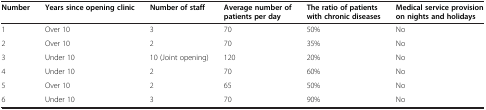
<table><thead><tr><td><b>Number</b></td><td><b>Years since opening clinic</b></td><td><b>Number of staff</b></td><td><b>Average number of patients per day</b></td><td><b>The ratio of patients with chronic diseases</b></td><td><b>Medical service provision on nights and holidays</b></td></tr></thead><tbody><tr><td>1</td><td>Over 10</td><td>3</td><td>70</td><td>50%</td><td>No</td></tr><tr><td>2</td><td>Over 10</td><td>2</td><td>70</td><td>35%</td><td>No</td></tr><tr><td>3</td><td>Under 10</td><td>10 (Joint opening)</td><td>120</td><td>20%</td><td>No</td></tr><tr><td>4</td><td>Under 10</td><td>2</td><td>70</td><td>60%</td><td>No</td></tr><tr><td>5</td><td>Over 10</td><td>2</td><td>65</td><td>50%</td><td>No</td></tr><tr><td>6</td><td>Under 10</td><td>3</td><td>70</td><td>90%</td><td>No</td></tr></tbody></table>